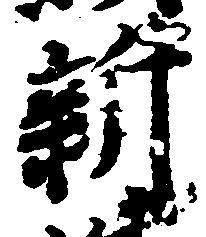
新